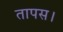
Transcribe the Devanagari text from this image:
तापस।